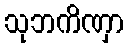
သုဘကိဏှာ